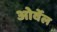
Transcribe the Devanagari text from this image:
ओर्वेल